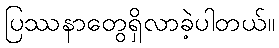
ပြဿနာတွေရှိလာခဲ့ပါတယ်။